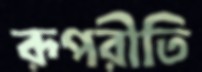
রূপরীতি